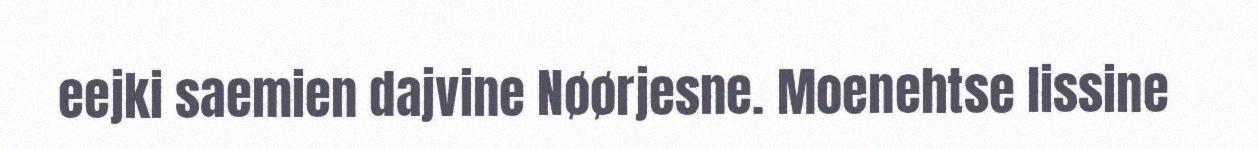
eejki saemien dajvine Nøørjesne. Moenehtse lissine